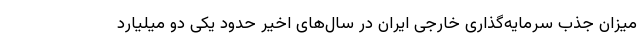
میزان جذب سرمایه‌گذاری خارجی ایران در سال‌های اخیر حدود یکی دو میلیارد